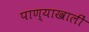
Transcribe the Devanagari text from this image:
पाण्याखालीं